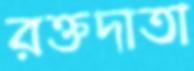
রক্তদাতা